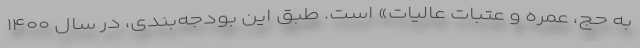
به حج، عمره و عتبات عالیات» است. طبق این بودجه‌بندی، در سال ۱۴۰۰